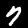
Digit: 7